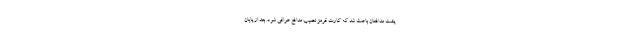
پشت مدافعان باعث شد که کارت قرمز نصیب مدافع عراقی شود. بعد از پایان